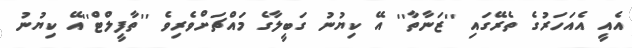
އެއީ އެއަހަރުގެ ތެރޭގައި ''ޒަނާތާ'' އޭ ކިޔުނު ގަބީލާގެ މައްޗަށްވެރިވެ ''ތާފީލްޓް''އޭ ކިޔުނު